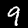
Digit: 9